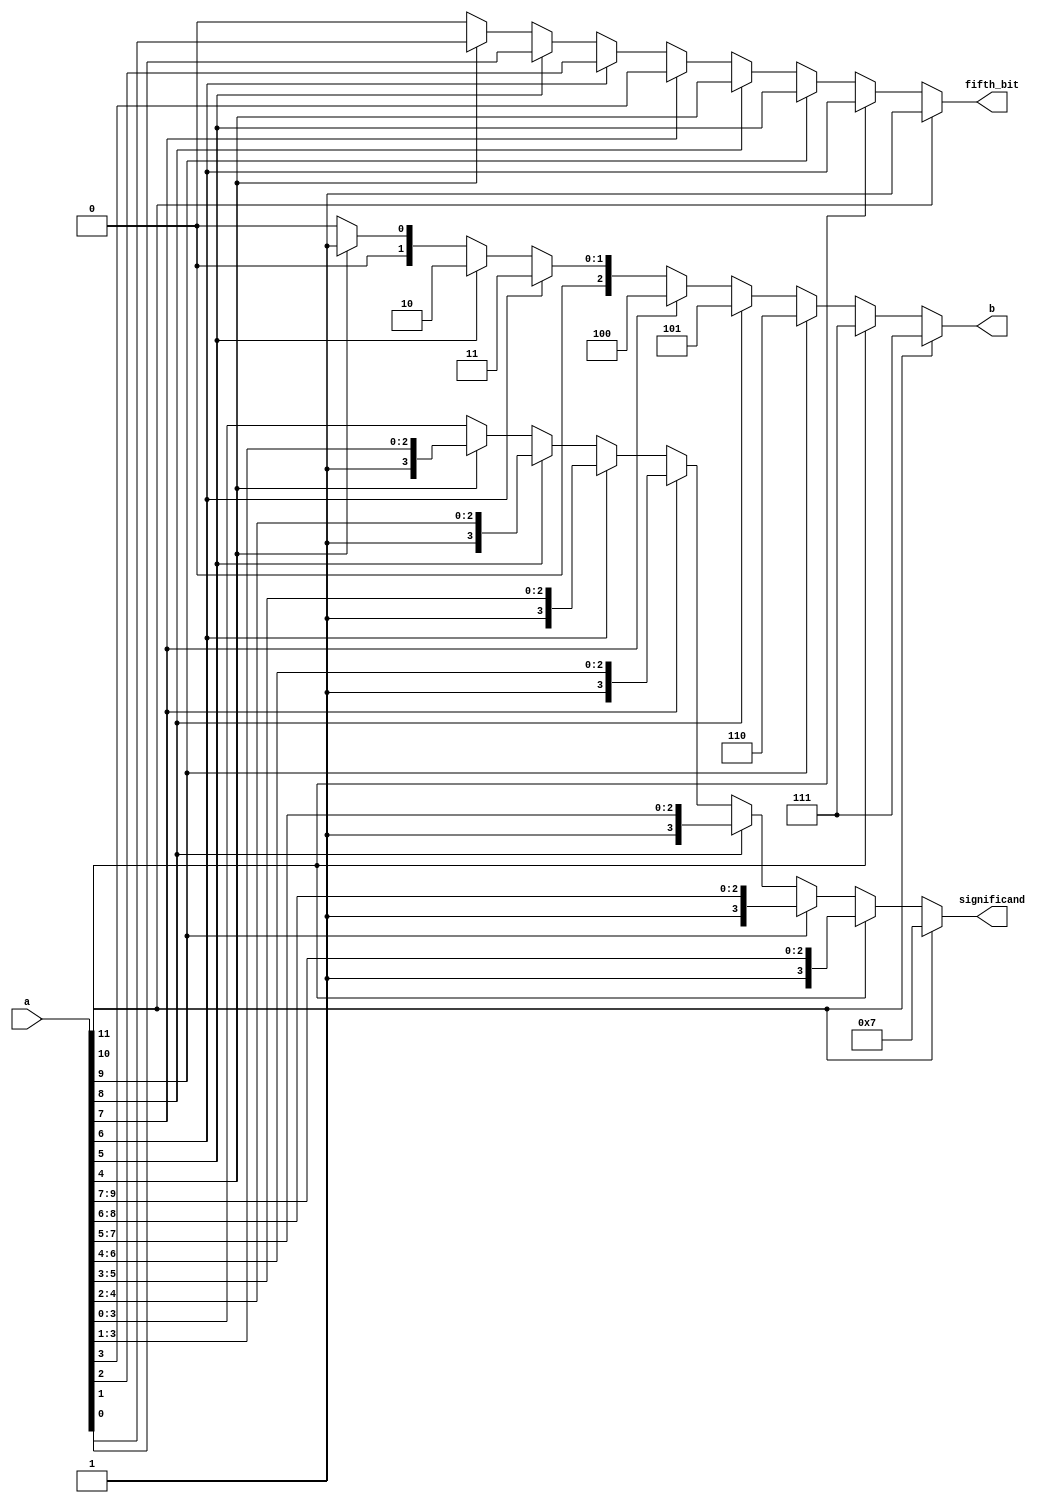
`timescale 1ns / 1ps

module count_and_extract(a, b, significand, fifth_bit);
			
	input wire [11:0] a; // D[11] is guaranteed to be 0, so it is not part of this module.
	output wire [2:0] b;
	output wire [3:0] significand;
	output wire fifth_bit;
	
	assign b =	(a[11] == 1)? 3'b111 :
					(a[10] == 1)? 3'b111 :
					(a[9] == 1)? 3'b110 :
					(a[8] == 1)? 3'b101 :
					(a[7] == 1)? 3'b100 :
					(a[6] == 1)? 3'b011 :
					(a[5] == 1)? 3'b010 :
					(a[4] == 1)? 3'b001 :
					3'b000;

	assign significand = (a[11] == 1) ? 3'b111 :
							(a[10] == 1) ? a[10:7] :
							(a[9] == 1) ? a[9:6] :
							(a[8] == 1) ? a[8:5]:
							(a[7] == 1) ? a[7:4] :
							(a[6] == 1) ? a[6:3] :
							(a[5] == 1) ? a[5:2] :
							(a[4] == 1) ? a[4:1] :
							a[3:0];

	assign fifth_bit = (a[11] == 1) ? 1 :
							(a[10] == 1) ? a[6]:
							(a[9] == 1) ? a[5] :
							(a[8] == 1) ? a[4] :
							(a[7] == 1) ? a[3] :
							(a[6] == 1) ? a[2] :
							(a[5] == 1) ? a[1] :
							(a[4] == 1) ? a[0] :
							0;
							

endmodule